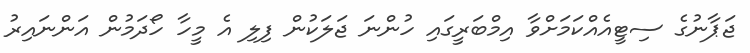
ޖަޕާނުގެ ސިޓީއެއްކަމަށްވާ އިމްބަރީގައި ހުންނަ ޖަލަކުން ފިލި އެ މީހާ ހޯދަމުން އަންނައިރު